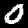
Label: 0